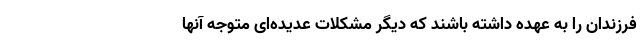
فرزندان را به عهده داشته باشند که دیگر مشکلات عدیده‌ای متوجه آنها